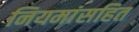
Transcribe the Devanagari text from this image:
नियमांसहित